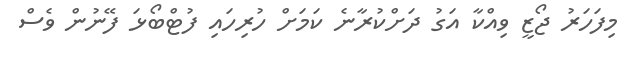
މިފަހަރު ޖޯޒީ ވިއްކާ އަގު ދަށްކުރާނެ ކަމަށް ހުރިހައި ފުޓްބޯޅަ ފޭނުން ވެސް